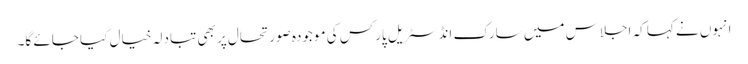
انہوں نے کہا کہ اجلاس میں سارک انڈسٹریل پارکس کی موجودہ صورتحال پر بھی تبادلہ خیال کیا جائے گا۔